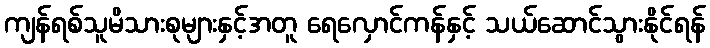
ကျန်ရစ်သူမိသားစုများနှင့်အတူ ရေလှောင်ကန်နှင့် သယ်ဆောင်သွားနိုင်ရန်